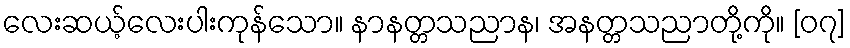
လေးဆယ့်လေးပါးကုန်သော။ နာနတ္တသညာန၊ အနတ္တသညာတို့ကို။ [၀၇]